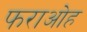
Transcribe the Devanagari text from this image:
फराओह